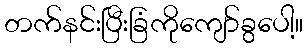
တက်နင်းပြီးခြံကိုကျော်ခွပေါ့။